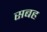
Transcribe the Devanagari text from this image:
सबह